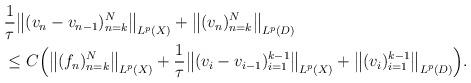
LaTeX: \begin{align*}\begin{aligned}&\frac{1}{\tau}\big\|(v_n-v_{n-1} )_{n=k}^N\big\|_{ L^p(X)} + \big\|(v_n )_{n=k}^N\big\|_{ L^p(D)} \\&\le C\Big(\big\|(f_n)_{n=k}^N\big\|_{ L^p(X)} +\frac{1}{\tau}\big\|(v_i-v_{i-1} )_{i=1}^{k-1}\big\|_{ L^p(X)} + \big\|(v_i )_{i=1}^{k-1}\big\|_{ L^p(D)} \Big) . \end{aligned}\end{align*}